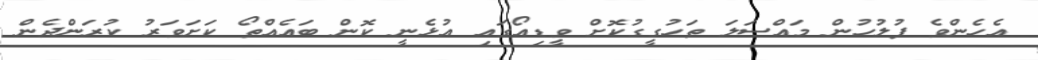
އެހެންވެ ފުލުހުން މައްސަލަ ތަހުގީގުކޮށް ވީޑިއޯގައި އުޅެނީ ކޮން ބައެއްތޯ ކަށަވަރު ކުރަންދެން